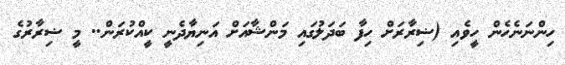
ހިންނަނެހެން ހީވެއި (ޟިރާރަށް ހިފާ ބަދަލުގައި މަންޝާއަށް އަނިޔާދެނީ ކީއްކުރަން.. މީ ޟިރާރުގެ